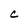
Character: C